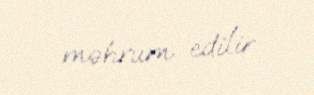
məhrum edilir.